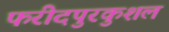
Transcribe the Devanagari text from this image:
फरीदपुरकुशल